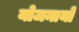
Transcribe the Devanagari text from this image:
योजनायो